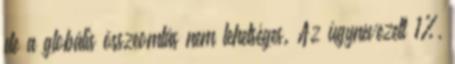
de a globális összeomlás nem lehetséges. Az úgynevezett 1%,